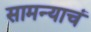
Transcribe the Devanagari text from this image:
सामन्याचं